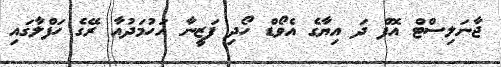
ޖާނަލިސްޓް އޮފް ދަ އިޔާގެ އެވޯޑް ހޯދި ފަޒީނާ އަހުމަދުއާ ރޭގެ ހަފްލާގައި